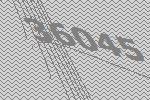
36045